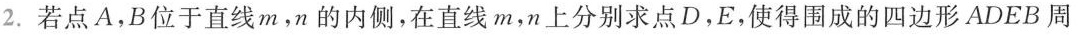
2.若点A，B位于直线m，n的内侧，在直线m，n上分别求点D，E，使得围成的四边形ADEB周